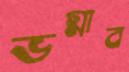
ভগ্নাব